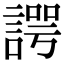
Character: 諤